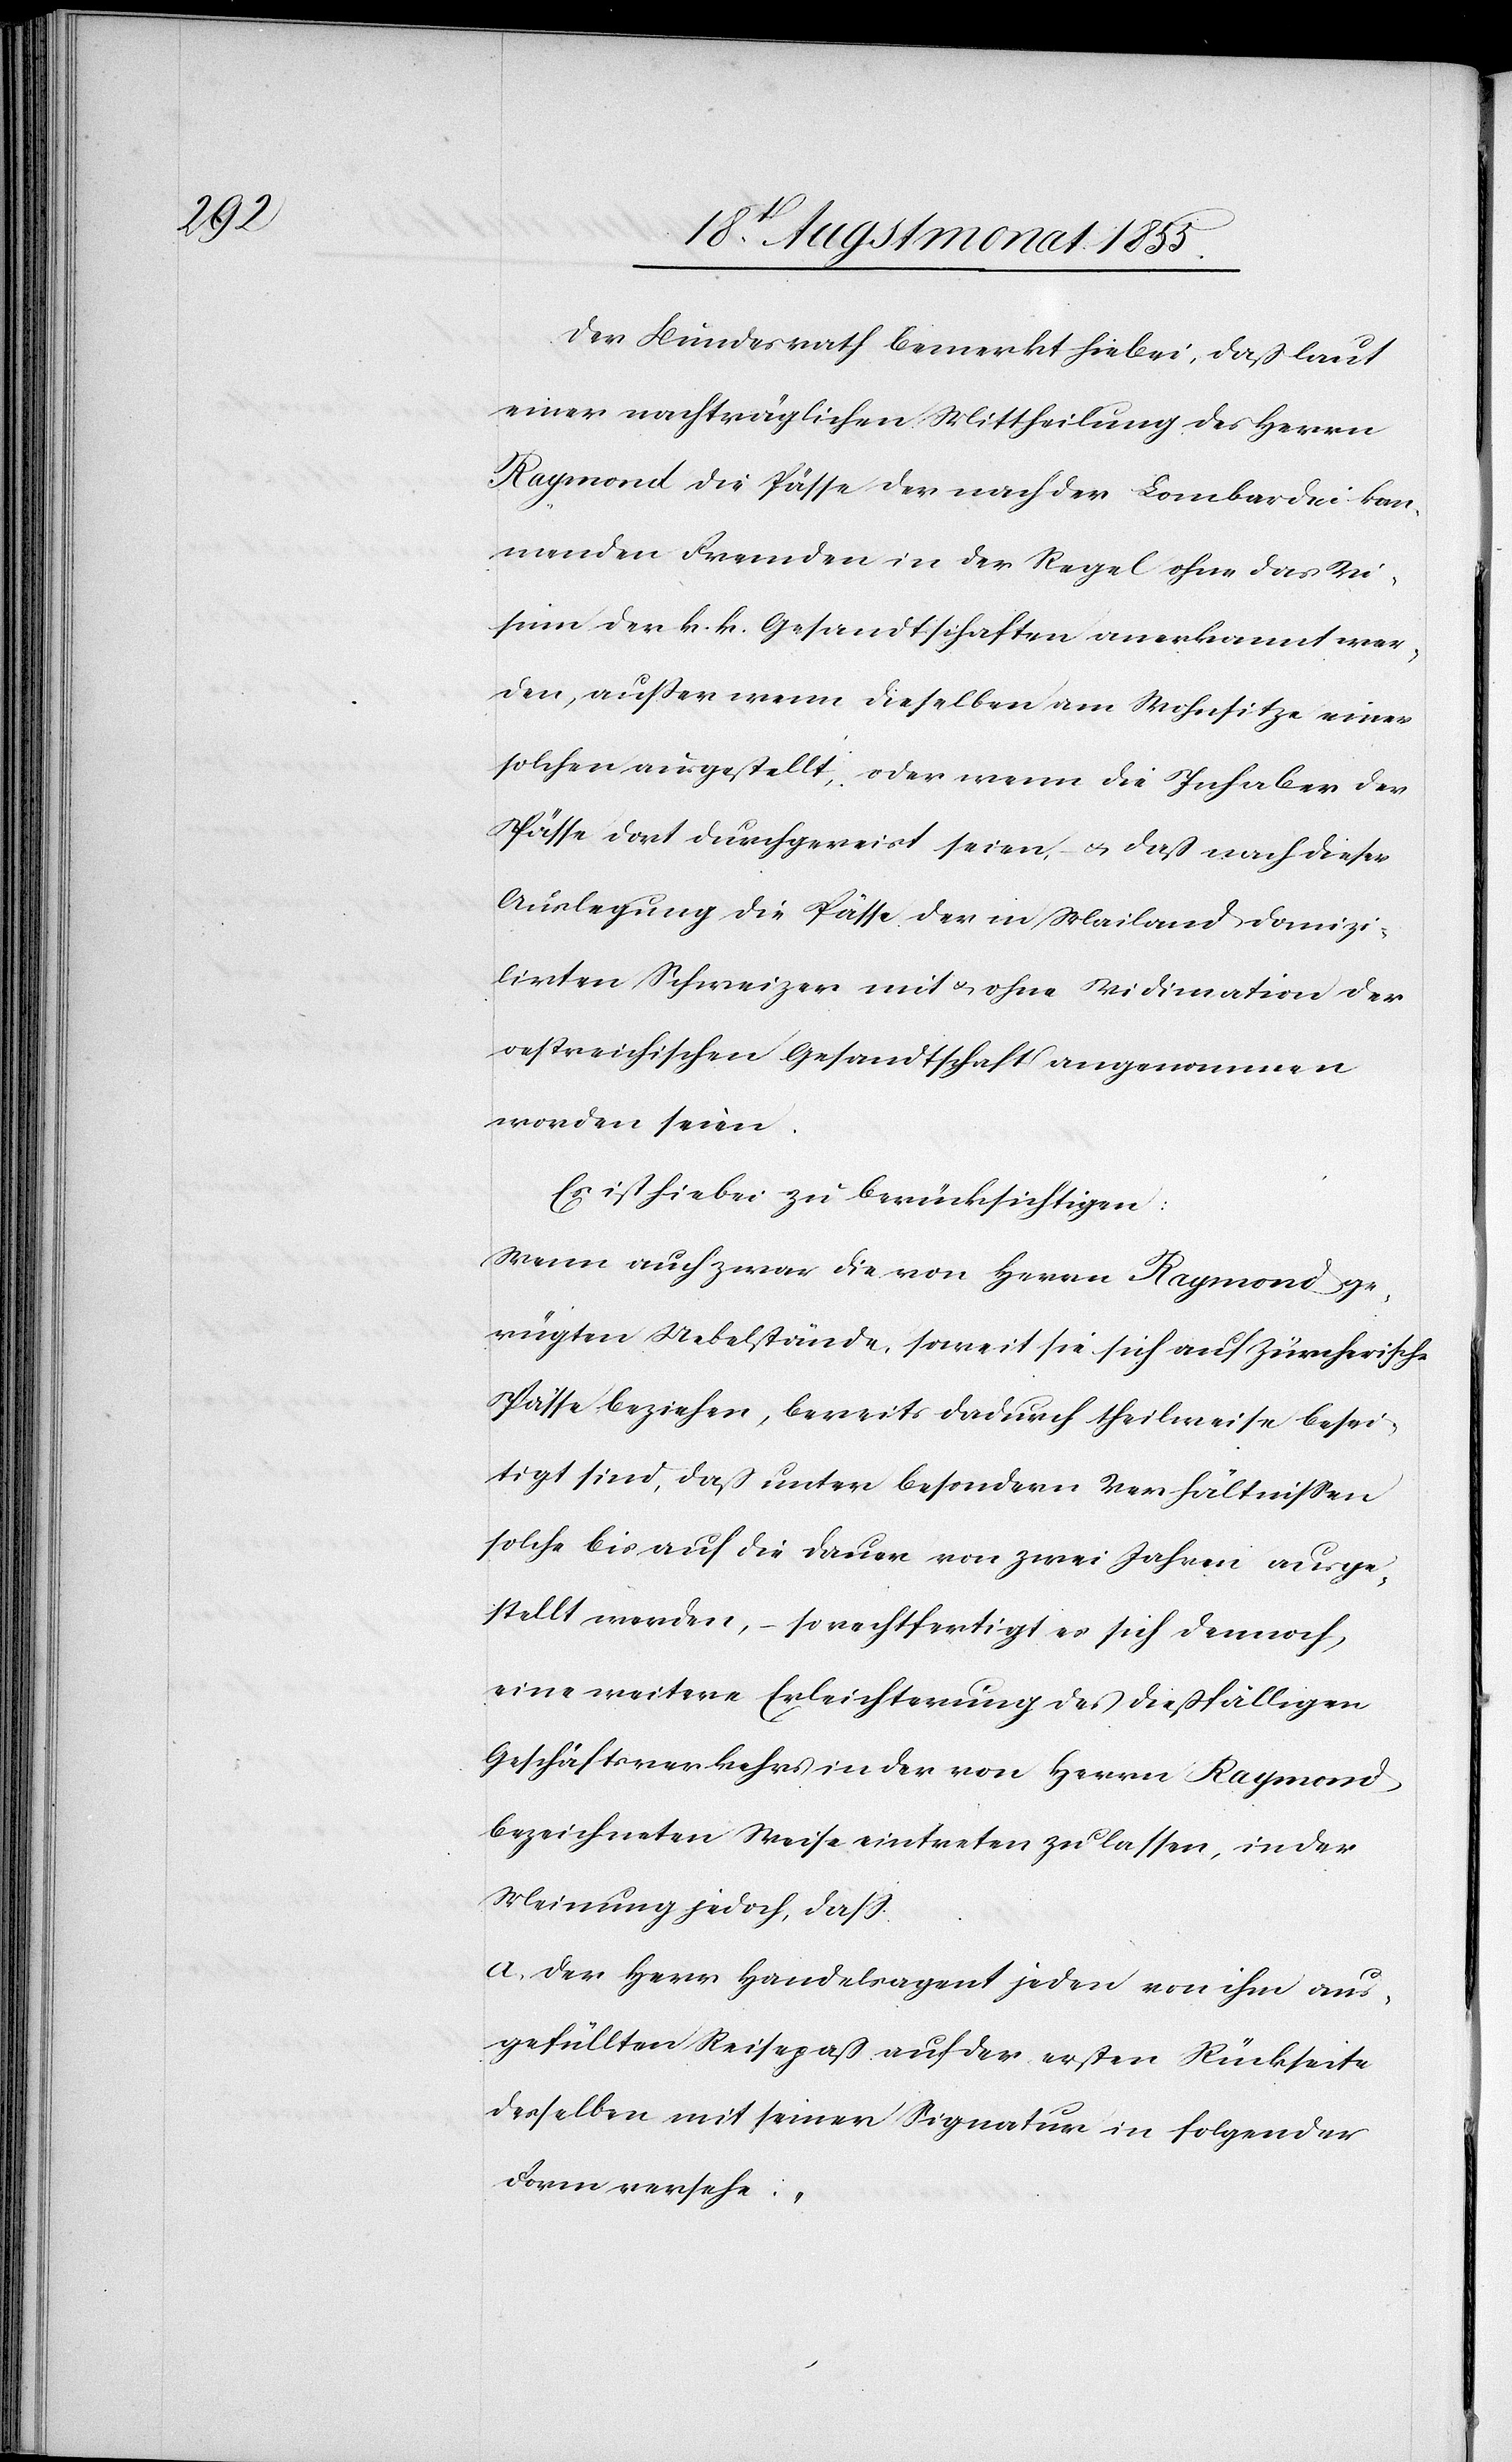
Der Bundesrath bemerkt hiebei, daß laut
einer nachträglichen Mittheilung des Herrn
Raymond die Pässe der nach der Lombardei kom¬
menden Fremden in der Regel ohne das Vi¬
sum der k. k. Gesandtschaften anerkannt wer¬
den, außer wenn dieselben am Wohnsitze einer
solchen ausgestellt, oder wenn die Inhaber der
Pässe dort durchgereist seien, – & daß nach dieser
Auslegung die Pässe der in Mailand domizi¬
lirten Schweizer mit & ohne Vidimation der
oestreichischen Gesandtschaft angenommen
worden seien.
Es ist hiebei zu berücksichtigen:
Wenn auch zwar die von Herrn Raymond ge¬
rügten Uebelstände, soweit sie sich auf Zürcherische
Pässe beziehen, bereits dadurch theilweise besei¬
tigt sind, daß unter besondern Verhältnissen
solche bis auf die Dauer von zwei Jahren ausge¬
stellt werden, – so rechtfertigt es sich dennoch,
eine weitere Erleichterung des dießfälligen
Geschäftsverkehrs in der von Herrn Raymond
bezeichneten Weise eintreten zu lassen, in der
Meinung jedoch, dass:
a, der Herr Handelsagent jeden von ihm aus¬
gefüllten Reisepaß auf der ersten Rückseite
desselben mit seiner Signatur in folgender
Form versehe: